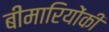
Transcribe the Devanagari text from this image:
बीमारियोंकी